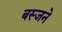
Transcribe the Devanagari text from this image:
बस्जने